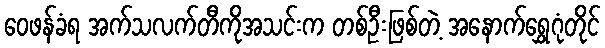
ဝေဖန်ခံရ အက်သလက်တီကိုအသင်းက တစ်ဦးဖြစ်တဲ့ အနောက်ရွှေဂုံတိုင်